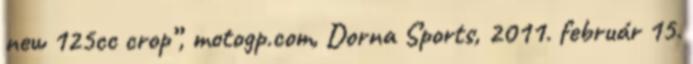
new 125cc crop”, motogp.com, Dorna Sports, 2011. február 15.